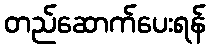
တည်ဆောက်ပေးရန်